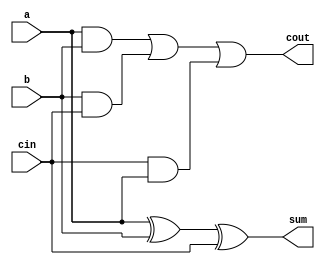
`timescale 1ns / 1ps
//////////////////////////////////////////////////////////////////////////////////
// Company: 
// Engineer: 
// 
// Design Name: 
// Module Name:    full_adder 
// Project Name: 
// Target Devices: 
// Tool versions: 
// Description: 
//
// Dependencies: 
//
// Revision: 
// Revision 0.01 - File Created
// Additional Comments: 
//
//////////////////////////////////////////////////////////////////////////////////
module full_adder(a,b,cin,sum,cout
    );
	input a;

	input b;

	input cin;

	output sum;
	
	wire sum;
	
output cout;
wire cout;
assign sum = a^b^cin;
assign cout = (a & b) | (b & cin) | (cin & a);


endmodule